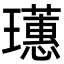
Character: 𤫃